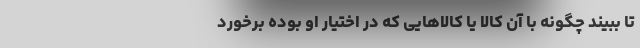
تا ببیند چگونه با آن کالا یا کالاهایی که در اختیار او بوده برخورد